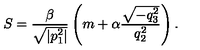
S = \frac { \beta } { \sqrt { | p _ { 1 } ^ { 2 } | } } \left( m + \alpha \frac { \sqrt { - q _ { 3 } ^ { 2 } } } { q _ { 2 } ^ { 2 } } \right) { . }